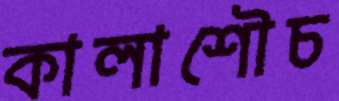
কালাশৌচ